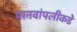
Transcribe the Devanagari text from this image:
मानवांपलीकडे